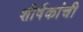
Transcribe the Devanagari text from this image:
शीर्षकांची